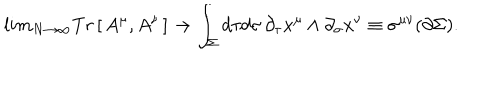
l i m _ { N \rightarrow \infty } T r \left[ \, A ^ { \mu } , A ^ { \nu } \, \right] \rightarrow \int _ { \Sigma } d \tau d \sigma \, \partial _ { \tau } x ^ { \mu } \wedge \partial _ { \sigma } x ^ { \nu } \equiv \sigma ^ { \mu \nu } ( \partial \Sigma ) .